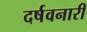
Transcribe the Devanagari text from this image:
दर्षवनारी